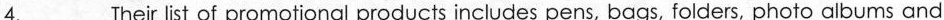
4.___Their list of pro motional products includes pens, bags, folders, photo albums and